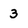
Character: 3